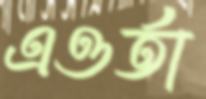
এওর্তা